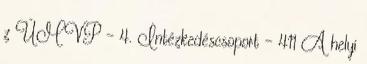
z ÚMVP - 4. Intézkedéscsoport - 411 A helyi